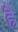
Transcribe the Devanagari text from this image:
ह्रैं